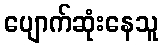
ပျောက်ဆုံးနေသူ